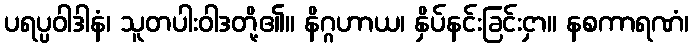
ပရပ္ပဝါဒါနံ၊ သူတပါးဝါဒတို့၏။ နိဂ္ဂဟာယ၊ နှိပ်နင်းခြင်းငှာ။ နစကာရဏံ၊